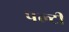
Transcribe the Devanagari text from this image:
पल्टी